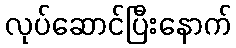
လုပ်ဆောင်ပြီးနောက်